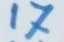
17